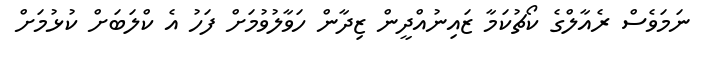
ނަމަވެސް ރެއާލްގެ ކޯޗުކަމާ ޒައިނުއްދީން ޒިދާން ހަވާލުވުމަށް ފަހު އެ ކްލަބަށް ކުޅުމަށް